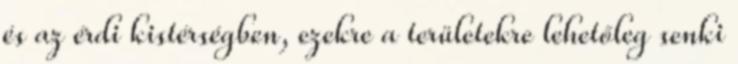
és az érdi kistérségben, ezekre a területekre lehetőleg senki